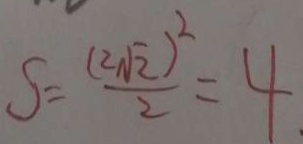
S = \frac { ( 2 \sqrt { 2 } ) ^ { 2 } } { 2 } = 4